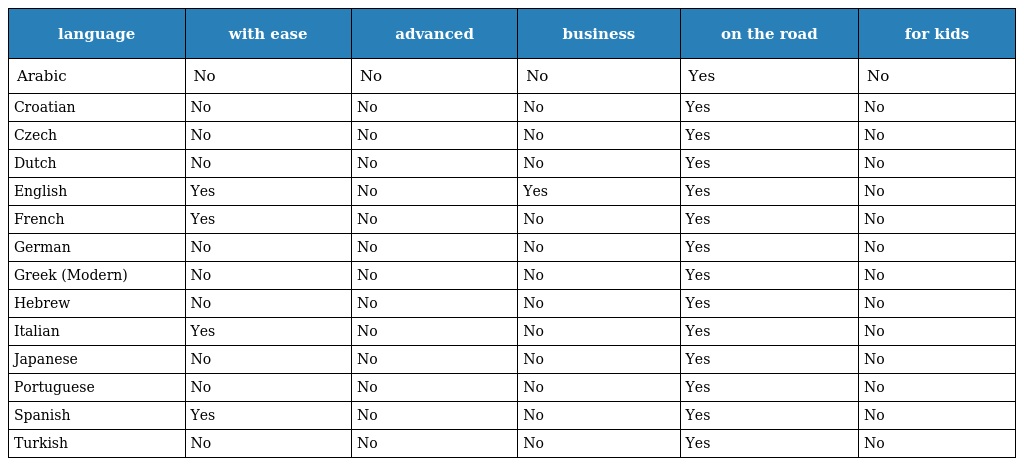
| language | with ease | advanced | business | on the road | for kids |
 | --- | --- | --- | --- | --- | --- |
 | Arabic | No | No | No | Yes | No |
 | Croatian | No | No | No | Yes | No |
 | Czech | No | No | No | Yes | No |
 | Dutch | No | No | No | Yes | No |
 | English | Yes | No | Yes | Yes | No |
 | French | Yes | No | No | Yes | No |
 | German | No | No | No | Yes | No |
 | Greek (Modern) | No | No | No | Yes | No |
 | Hebrew | No | No | No | Yes | No |
 | Italian | Yes | No | No | Yes | No |
 | Japanese | No | No | No | Yes | No |
 | Portuguese | No | No | No | Yes | No |
 | Spanish | Yes | No | No | Yes | No |
 | Turkish | No | No | No | Yes | No |